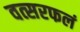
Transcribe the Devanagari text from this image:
वत्सरफलं